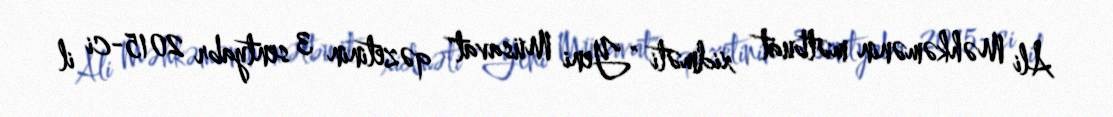
Ali Məhkəmənin mətbuat xidməti "Yeni Müsavat" qəzetinin 3 sentyabr 2015-ci il